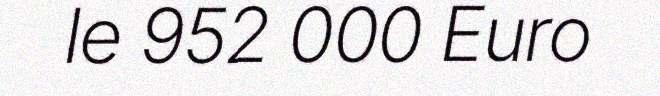
le 952 000 Euro